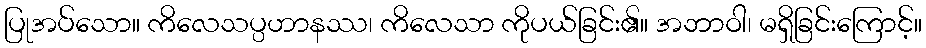
ပြုအပ်သော။ ကိလေသပ္ပဟာနဿ၊ ကိလေသာ ကိုပယ်ခြင်း၏။ အဘာဝါ၊ မရှိခြင်းကြောင့်။